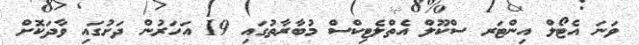
ވަނަ އެޓޯލް އިންޓަރ ސްކޫލް އެތްލެޓިކްސް މުބާރާތުގައި 19 އަހަރުން ދަށުގައި ވާދަކޮށް